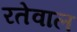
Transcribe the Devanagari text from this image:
रतेवाल